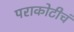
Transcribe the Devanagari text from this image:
पराकोटीचं